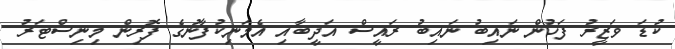
ކުޑަ ވަޒީރު ފަހުން ނައިބު ނައިބު ރައީސް އަދީބާއި އެމަނިކުފާނުގެ ފޮރިން މިނިސްޓަރު